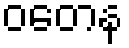
ဝတေန